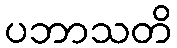
ပဘာသတိ